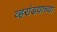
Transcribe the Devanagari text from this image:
व्हरांडय़ाच्या